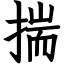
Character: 揣